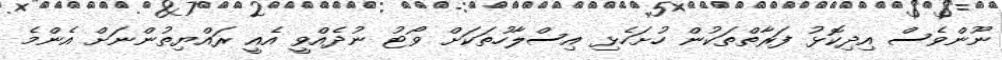
ނޫންވެސް އިދިކޮޅު ފަރާތްތަކުން ހުށަހެޅި އިސްލާހުތަކަށް ވޯޓު ނުދެއްވީ އެއީ ރައްޔިތުންނަށް އެންމެ